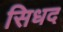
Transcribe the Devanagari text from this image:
सिधद